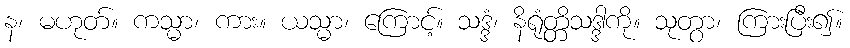
န၊ မဟုတ်။ ကသ္မာ၊ ကား။ ယသ္မာ၊ ကြောင့်။ သဒ္ဒံ၊ နိရုံတ္တိသဒ္ဒါကို။ သုတွာ၊ ကြားပြီး၍။